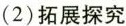
(2)拓展探究